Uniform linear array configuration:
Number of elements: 16
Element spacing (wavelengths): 0.75
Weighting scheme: uniform
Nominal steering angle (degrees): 60
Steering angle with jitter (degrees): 58.906
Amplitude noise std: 0.05
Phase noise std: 0.05

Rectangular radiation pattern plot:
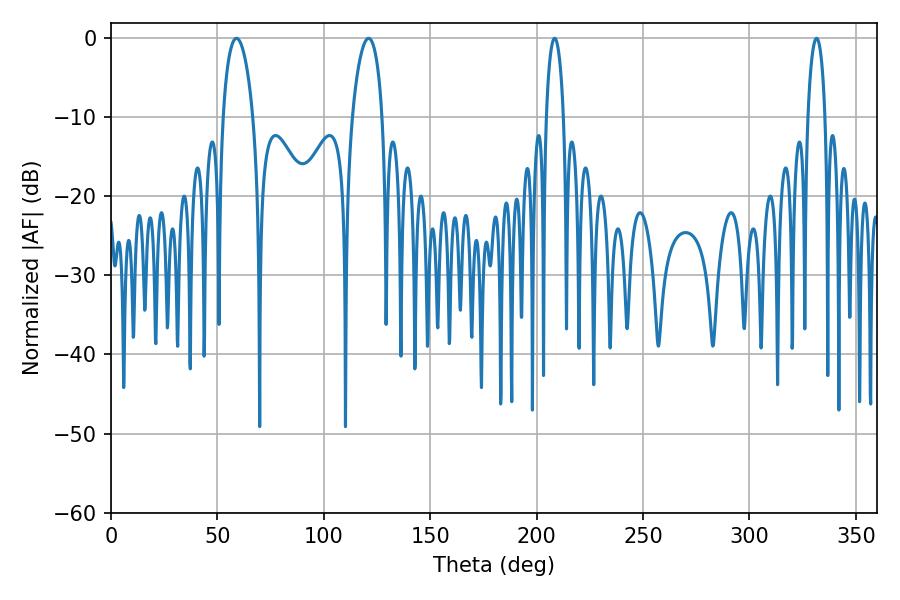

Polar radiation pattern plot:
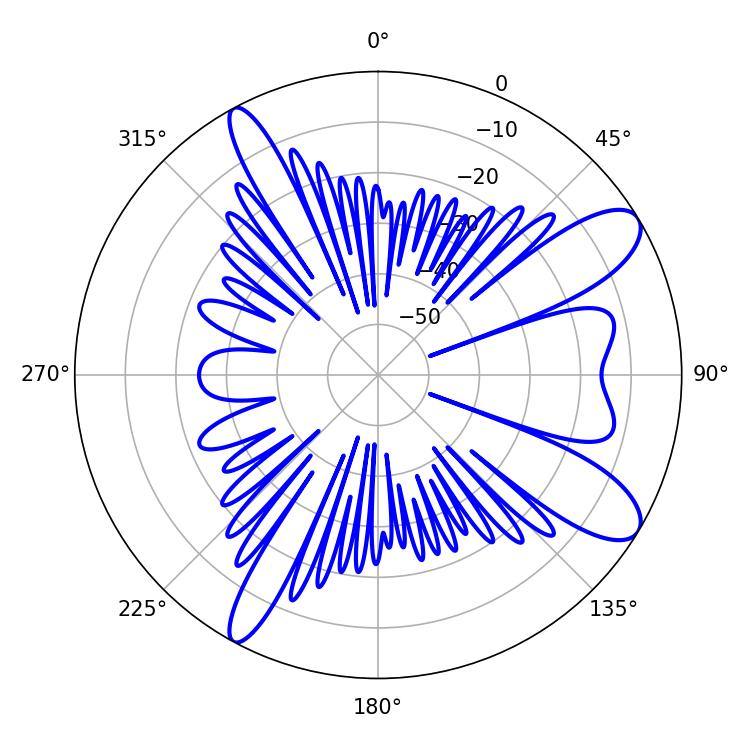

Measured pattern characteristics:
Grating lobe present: TRUE
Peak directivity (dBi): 10.148
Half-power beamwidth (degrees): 4.68
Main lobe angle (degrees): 208.44